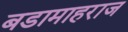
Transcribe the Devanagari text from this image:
बडामाहराज